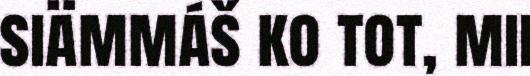
siämmáš ko tot, mii